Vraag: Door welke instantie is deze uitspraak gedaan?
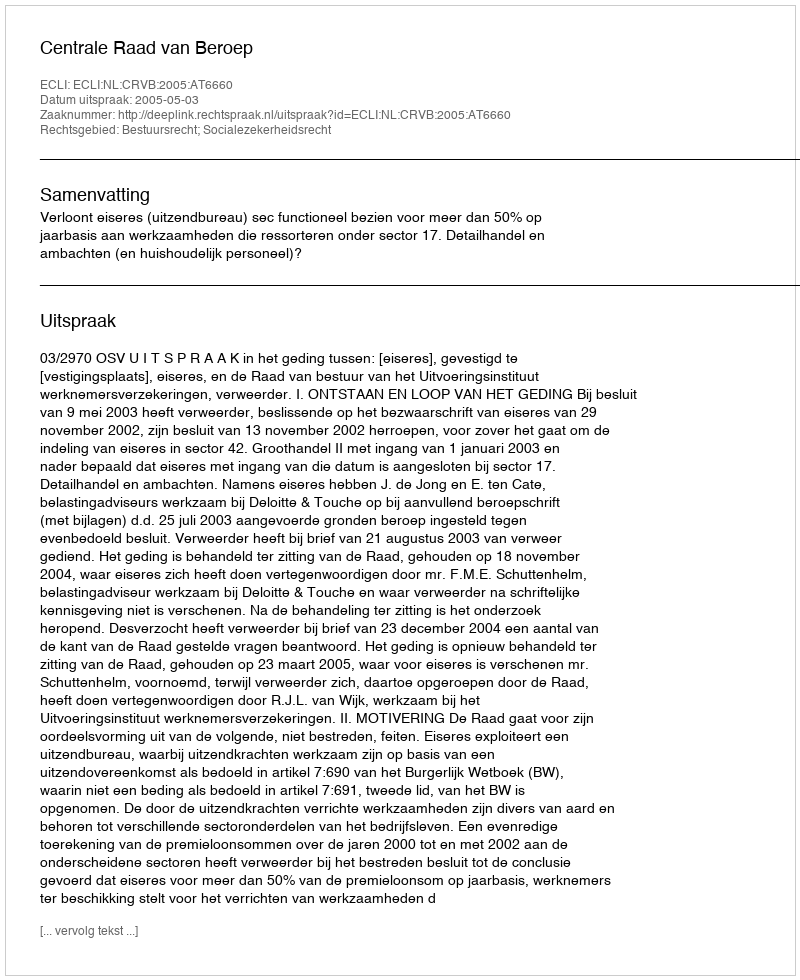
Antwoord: Centrale Raad van Beroep